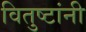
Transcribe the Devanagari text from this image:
वितुष्टांनी